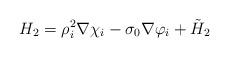
LaTeX: \begin{align*} H_2 = \rho_i^2\nabla\chi_i - \sigma_0\nabla\varphi_i +\tilde{H}_2 \end{align*}